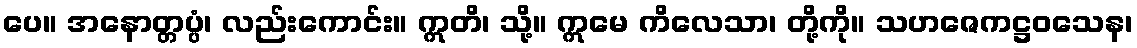
ပေ။ အနောတ္တပ္ပံ၊ လည်းကောင်း။ ဣတိ၊ သို့။ ဣမေ ကိလေသာ၊ တို့ကို။ သဟဇေကဋ္ဌဝသေန၊